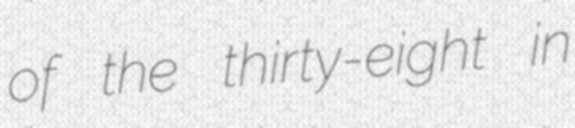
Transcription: of the thirty-eight in